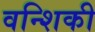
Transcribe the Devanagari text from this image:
वन्शिकी